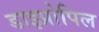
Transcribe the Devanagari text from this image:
डाइप्रोपिल